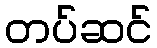
တပ်ဆင်